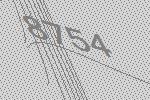
8754